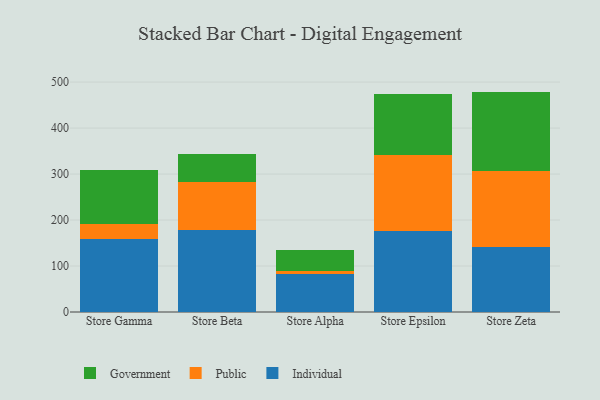
{"axis": {"x": "Store", "y": "Active Users"}, "legend": ["Government", "Individual", "Public"], "data": [{"x": "Store Gamma", "y": 158.7, "type": "Individual"}, {"x": "Store Gamma", "y": 32.9, "type": "Public"}, {"x": "Store Gamma", "y": 117.6, "type": "Government"}, {"x": "Store Beta", "y": 177.7, "type": "Individual"}, {"x": "Store Beta", "y": 104.5, "type": "Public"}, {"x": "Store Beta", "y": 60.5, "type": "Government"}, {"x": "Store Alpha", "y": 82.9, "type": "Individual"}, {"x": "Store Alpha", "y": 5.5, "type": "Public"}, {"x": "Store Alpha", "y": 46.0, "type": "Government"}, {"x": "Store Epsilon", "y": 175.2, "type": "Individual"}, {"x": "Store Epsilon", "y": 166.1, "type": "Public"}, {"x": "Store Epsilon", "y": 132.0, "type": "Government"}, {"x": "Store Zeta", "y": 141.8, "type": "Individual"}, {"x": "Store Zeta", "y": 163.8, "type": "Public"}, {"x": "Store Zeta", "y": 173.7, "type": "Government"}]}